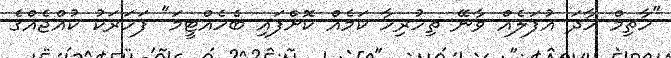
"ހާތިމް ހާދަ އުފަލެއް ވާނޭ ތިހުރިހާ ކަމެއް ކޮށްފައި ބެހެއްޓީމަ" ފަހަރަކު ކުއްޖެއްގެ